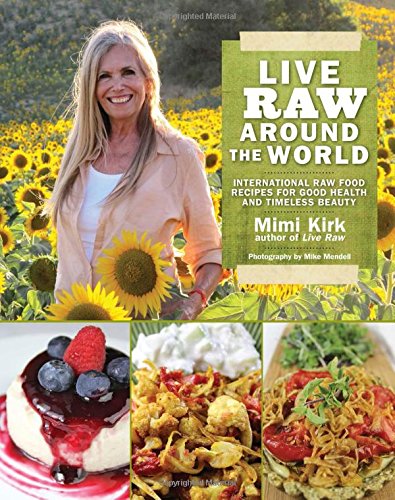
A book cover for Live Raw Around the World: International Raw Food Recipes for Good Health and Timeless Beauty; Mimi Kirk; Cookbooks, Food & Wine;